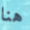
هنا